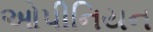
ઓપીનિયન